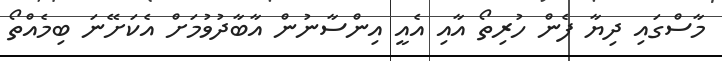
މާސްގައި ދިޔާ ފެން ހުރިތޯ އާއި އެއީ އިންސާނުން އާބާދުވުމަށް އެކަށޭނަ ބިމެއްތޯ